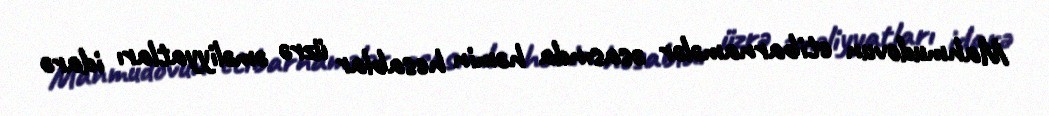
Mahmudovun etibarnamələr əsasında həmin hesablar üzrə əməliyyatları idarə